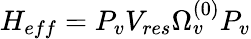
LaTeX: H_{eff}=P_{v}V_{res}\Omega_{v}^{(0)}P_{v}